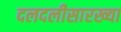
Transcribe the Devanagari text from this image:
दलदलीसारख्या